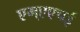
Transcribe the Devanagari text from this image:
एम्एएचई